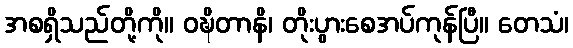
အစရှိသည်တို့ကို။ ဝဍ္ဎိတာနိ၊ တိုးပွားစေအပ်ကုန်ပြီ။ တေသံ၊